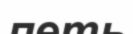
петь